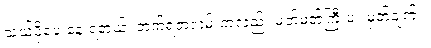
သယ်ပို့ပေးနေ ရတယ်၊ တက်ရတဲ့လမ်းကလည်း မတ်မတ်ကြီးပဲ။ မှတ်ချက် ။